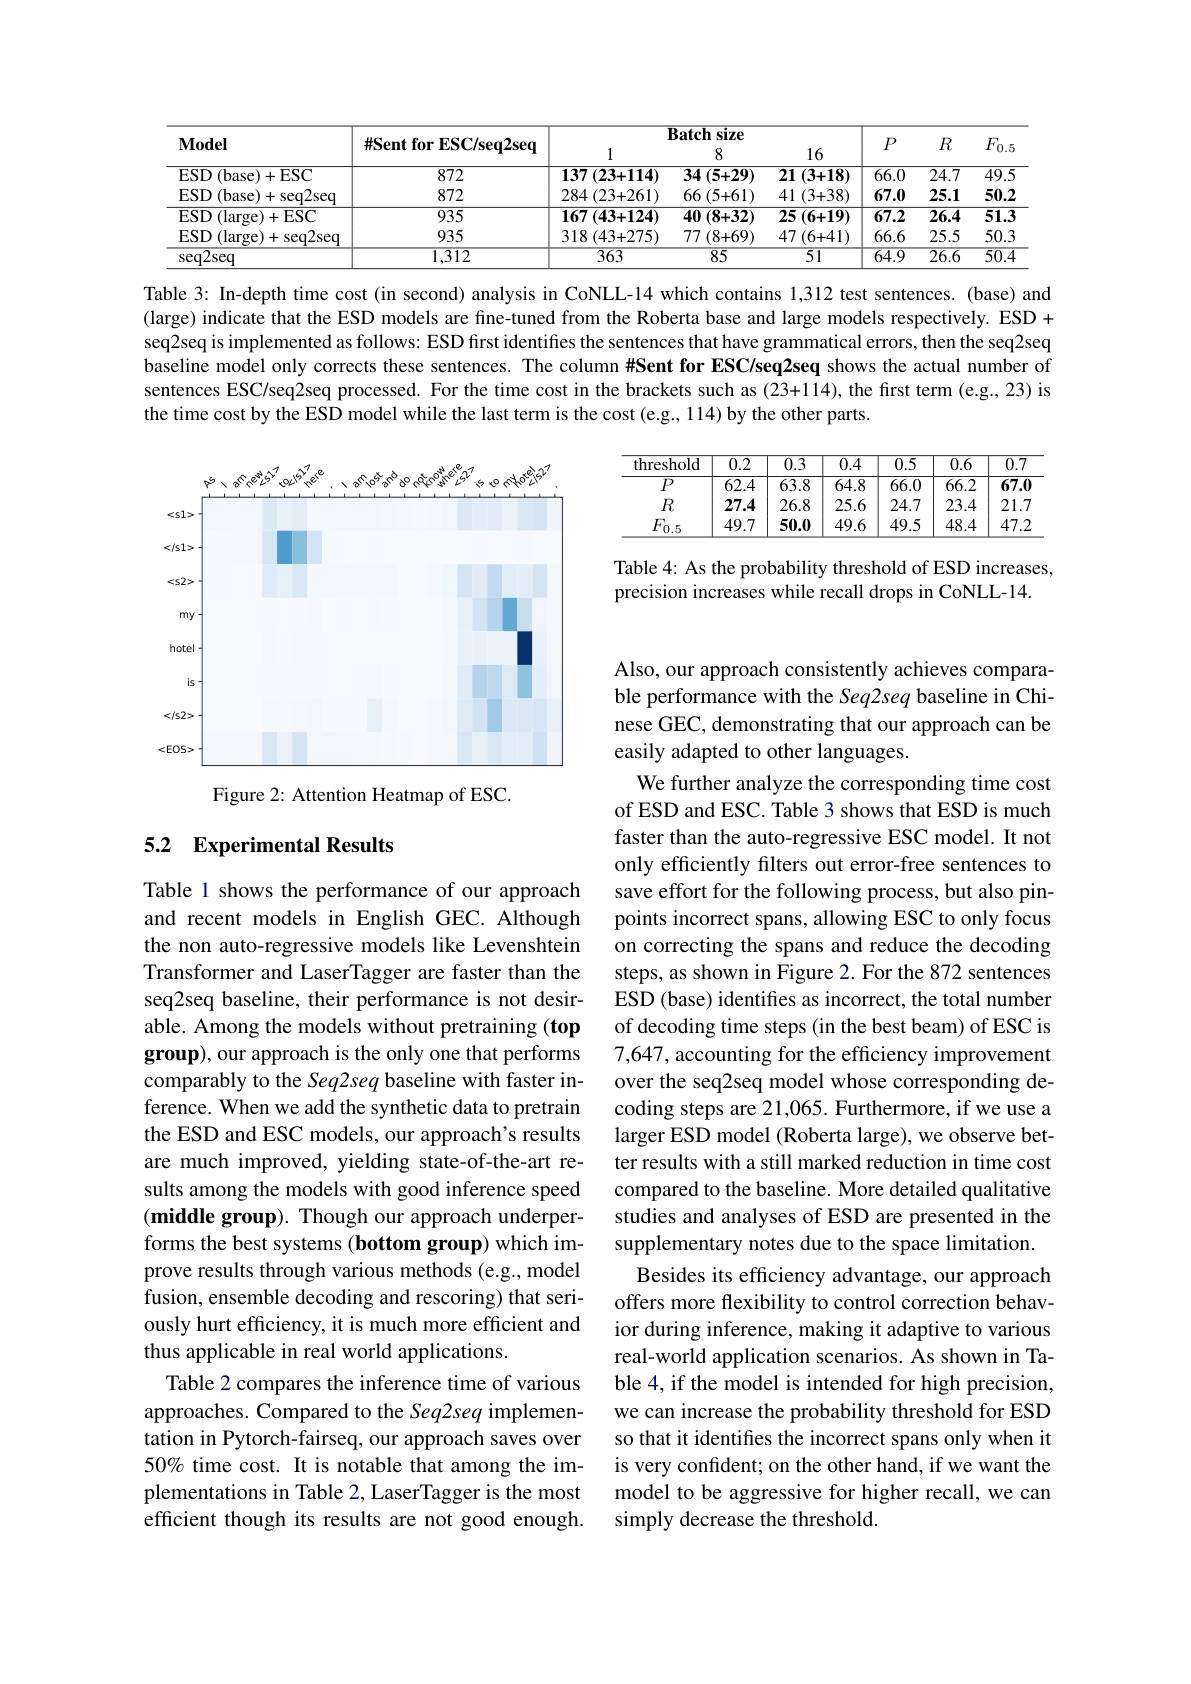
<table>
	<tbody>
		<tr>
			<th rowspan="2">$\mathbf{Model}$</th>
			<th> </th>
			<th colspan="3">Batchsize</th>
			<th>r</th>
			<th>T</th>
			<th rowspan="2">$F_{0.5}$</th>
		</tr>
		<tr>
			<th>${\mathrm{ Sent~for~ESC/seq2seq}}$</th>
			<th>1</th>
			<th>8</th>
			<th>16</th>
			<th>$P$</th>
			<th>$R$</th>
		</tr>
		<tr>
			<td>ESD( base) + ESC</td>
			<td>872</td>
			<td>$137\left(23+114\right)$</td>
			<td>$\overline{34\left(5+29\right)}$</td>
			<td>21 (3+18)</td>
			<td>$\overline{66.0}$</td>
			<td>$\overline{24.7}$</td>
			<td>$\overline{49.5}$</td>
		</tr>
		<tr>
			<td>ESD 1 $(\mathbf{b}$ase$)+\mathbf{c}$ $+\sec2\sec$</td>
			<td>872</td>
			<td>284 $4\left(23+261\right)$ </td>
			<td>66 $5\left(5+61\right)$</td>
			<td>41 (3+38)</td>
			<td>67.0</td>
			<td>25.1</td>
			<td>50.2</td>
		</tr>
		<tr>
			<td>ESD ( large) + ESC</td>
			<td>935</td>
			<td>$167\left(43+124\right)$</td>
			<td>$40\left(8+32\right)$</td>
			<td>25 (6+19)</td>
			<td>$\overline{67.2}$</td>
			<td>$\overline{26.4}$</td>
			<td>51.3</td>
		</tr>
		<tr>
			<td>ESD (large)+seq2seq</td>
			<td>935</td>
			<td>318 (43+275)</td>
			<td>$77\left(8+69\right)$</td>
			<td>$47\left(6+41\right)$</td>
			<td>66.6</td>
			<td>25.5</td>
			<td>50.3</td>
		</tr>
		<tr>
			<td>$\operatorname{seq2seq}$</td>
			<td>1,312</td>
			<td>$\overline{363}$</td>
			<td>85</td>
			<td>$\overline{51}$</td>
			<td>64.9</td>
			<td>$\overline{26.6}$</td>
			<td>50.4</td>
		</tr>
	</tbody>
</table>

Table 3: In-depth time cost (in second) analysis in CoNLL-14 which contains 1,312 test sentences. (base) and (large) indicate that the ESD models are fine-tuned from the Roberta base and large models respectively. ESD + seq2seq is implemented as follows: ESD first identifies the sentences that have grammatical errors, then the seq2seq baseline model only corrects these sentences. The column #Sent for ESC/seq2seq shows the actual number of sentences ESC/seq2seq processed. For the time cost in the brackets such as (23+114), the first term (e.g.,23) is the time cost by the ESD model while the last term is the cost (e.g., 114) by the other parts.

<table>
	<tbody>
		<tr>
			<th>threshold</th>
			<th>$\overline{0.2}$</th>
			<th>$\overline{0.3}$</th>
			<th>0.4</th>
			<th>$\overline{0.5}$</th>
			<th>0.6</th>
			<th>$\overline{0.7}$</th>
		</tr>
		<tr>
			<td>$\overline{P}$</td>
			<td>$\overline{62.4}$</td>
			<td>$\overline{63.8}$</td>
			<td>$\overline{64.8}$</td>
			<td>$\overline{66.0}$</td>
			<td>$\overline{66.2}$</td>
			<td>$\overline{67.0}$</td>
		</tr>
		<tr>
			<td>$R$</td>
			<td>27.4</td>
			<td>26.8</td>
			<td>25.6</td>
			<td>24.7</td>
			<td>23.4</td>
			<td>21.7</td>
		</tr>
		<tr>
			<td>$F_{0.5}$</td>
			<td>49.7</td>
			<td>50.0</td>
			<td>49.6</td>
			<td>49.5</td>
			<td>48.4</td>
			<td>47.2</td>
		</tr>
	</tbody>
</table>

Table 4: As the probability threshold of ESD increases,
precision increases while recall drops in CoNLL-14.

<FigureHere>

Figure 2: Attention Heatmap of ESC.

### 5.2 Experimental Results

Also, our approach consistently achieves comparable performance with the Seq2seq baseline in Chinese GEC, demonstrating that our approach can be easily adapted to other languages.
We further analyze the corresponding time cost of ESD and ESC. Table 3 shows that ESD is much faster than the auto-regressive ESC model. It not only efficiently filters out error-free sentences to save effort for the following process, but also pinpoints incorrect spans, allowing ESC to only focus on correcting the spans and reduce the decoding steps, as shown in Figure 2. For the 872 sentences ESD (base) identifies as incorrect, the total number of decoding time steps (in the best beam) of ESC is 7,647, accounting for the efficiency improvement over the seq2seq model whose corresponding decoding steps are 21,065. Furthermore, if we use a larger ESD model (Roberta large), we observe better results with a still marked reduction in time cost compared to the baseline. More detailed qualitative studies and analyses of ESD are presented in the supplementary notes due to the space limitation.
Besides its efficiency advantage, our approach offers more flexibility to control correction behavior during inference, making it adaptive to various real-world application scenarios. As shown in Table 4, if the model is intended for high precision, we can increase the probability threshold for ESD so that it identifies the incorrect spans only when it is very confident; on the other hand, if we want the model to be aggressive for higher recall, we can simply decrease the threshold.

Table 1 shows the performance of our approach and recent models in English GEC. Although the non auto-regressive models like Levenshtein Transformer and LaserTagger are faster than the seq2seq baseline, their performance is not desirable. Among the models without pretraining (top group), our approach is the only one that performs comparably to the Seq2seq baseline with faster inference. When we add the synthetic data to pretrain the ESD and ESC models, our approach's results are much improved, yielding state-of-the-art results among the models with good inference speed $(\mathbf{middlegroup}).$ Though our approach underperforms the best systems (bottom group) which improve results through various methods (e.g., model fusion, ensemble decoding and rescoring) that seriously hurt efficiency, it is much more efficient and thus applicable in real world applications.
Table 2 compares the inference time of various approaches. Compared to the Seq2seq implementation in Pytorch-fairseq, our approach saves over 50% time cost. It is notable that among the implementations in Table 2, LaserTagger is the most efficient though its results are not good enough.